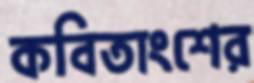
কবিতাংশের